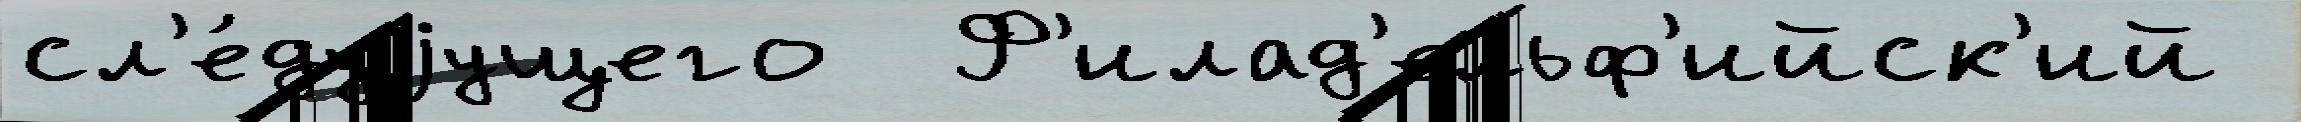
сл'е́дуjущего  Ф'илад'ельф'ийск'ий